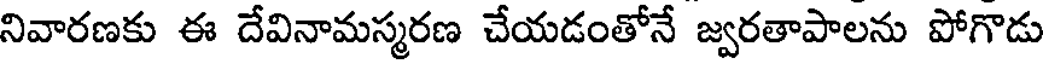
నివారణకు ఈ దేవినామస్మరణ చేయడంతోనే జ్వరతాపాలను పోగొడు